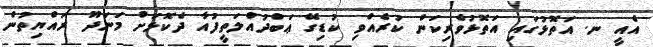
އެއީ ނ. އަތޮޅުގައި އަތޮޅުވެރިކަން ކުރެއްވި ކުޑިގޭ ޢަބްދުއްލަތީފުއާ ދެކޮޅަށް މަނަދޫ ރައްޔިތުން